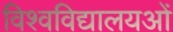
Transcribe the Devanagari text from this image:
विश्वविद्यालयओं